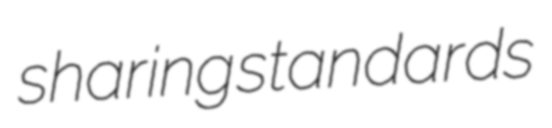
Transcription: sharing standards